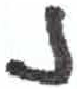
אות: נ